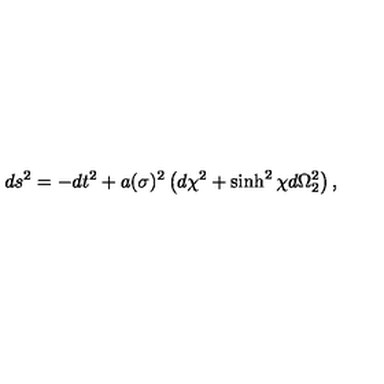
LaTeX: d s ^ { 2 } = - d t ^ { 2 } + a ( \sigma ) ^ { 2 } \left( d \chi ^ { 2 } + \sinh ^ { 2 } \chi d \Omega _ { 2 } ^ { 2 } \right) ,